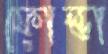
ফোল্ডা